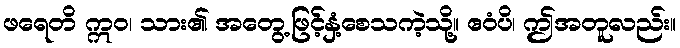
ဖရေတိ ဣဝ၊ သား၏ အတွေ့ဖြင့်နှံ့စေသကဲ့သို့။ ဧဝံပိ၊ ဤအတူလည်း။